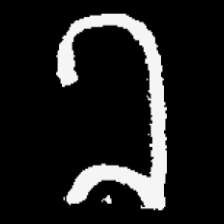
Pyu character \u2014 Myanmar letter: ခ (romanized: kha)